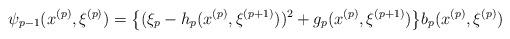
LaTeX: \begin{align*}\psi_{p-1}(x^{(p)}, \xi^{(p)})=\big\{(\xi_p-h_p(x^{(p)}, \xi^{(p+1)}))^2+g_p(x^{(p)},\xi^{(p+1)})\big\}b_p(x^{(p)}, \xi^{(p)})\end{align*}